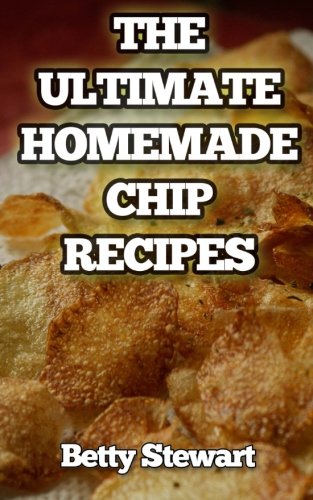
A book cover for The Ultimate Homemade Chip Recipes: Easy, Healthy and Delicious Potato, Fruit, Vegetable and flour chip recipes that anybody can make at home.; Betty Stewart; Cookbooks, Food & Wine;